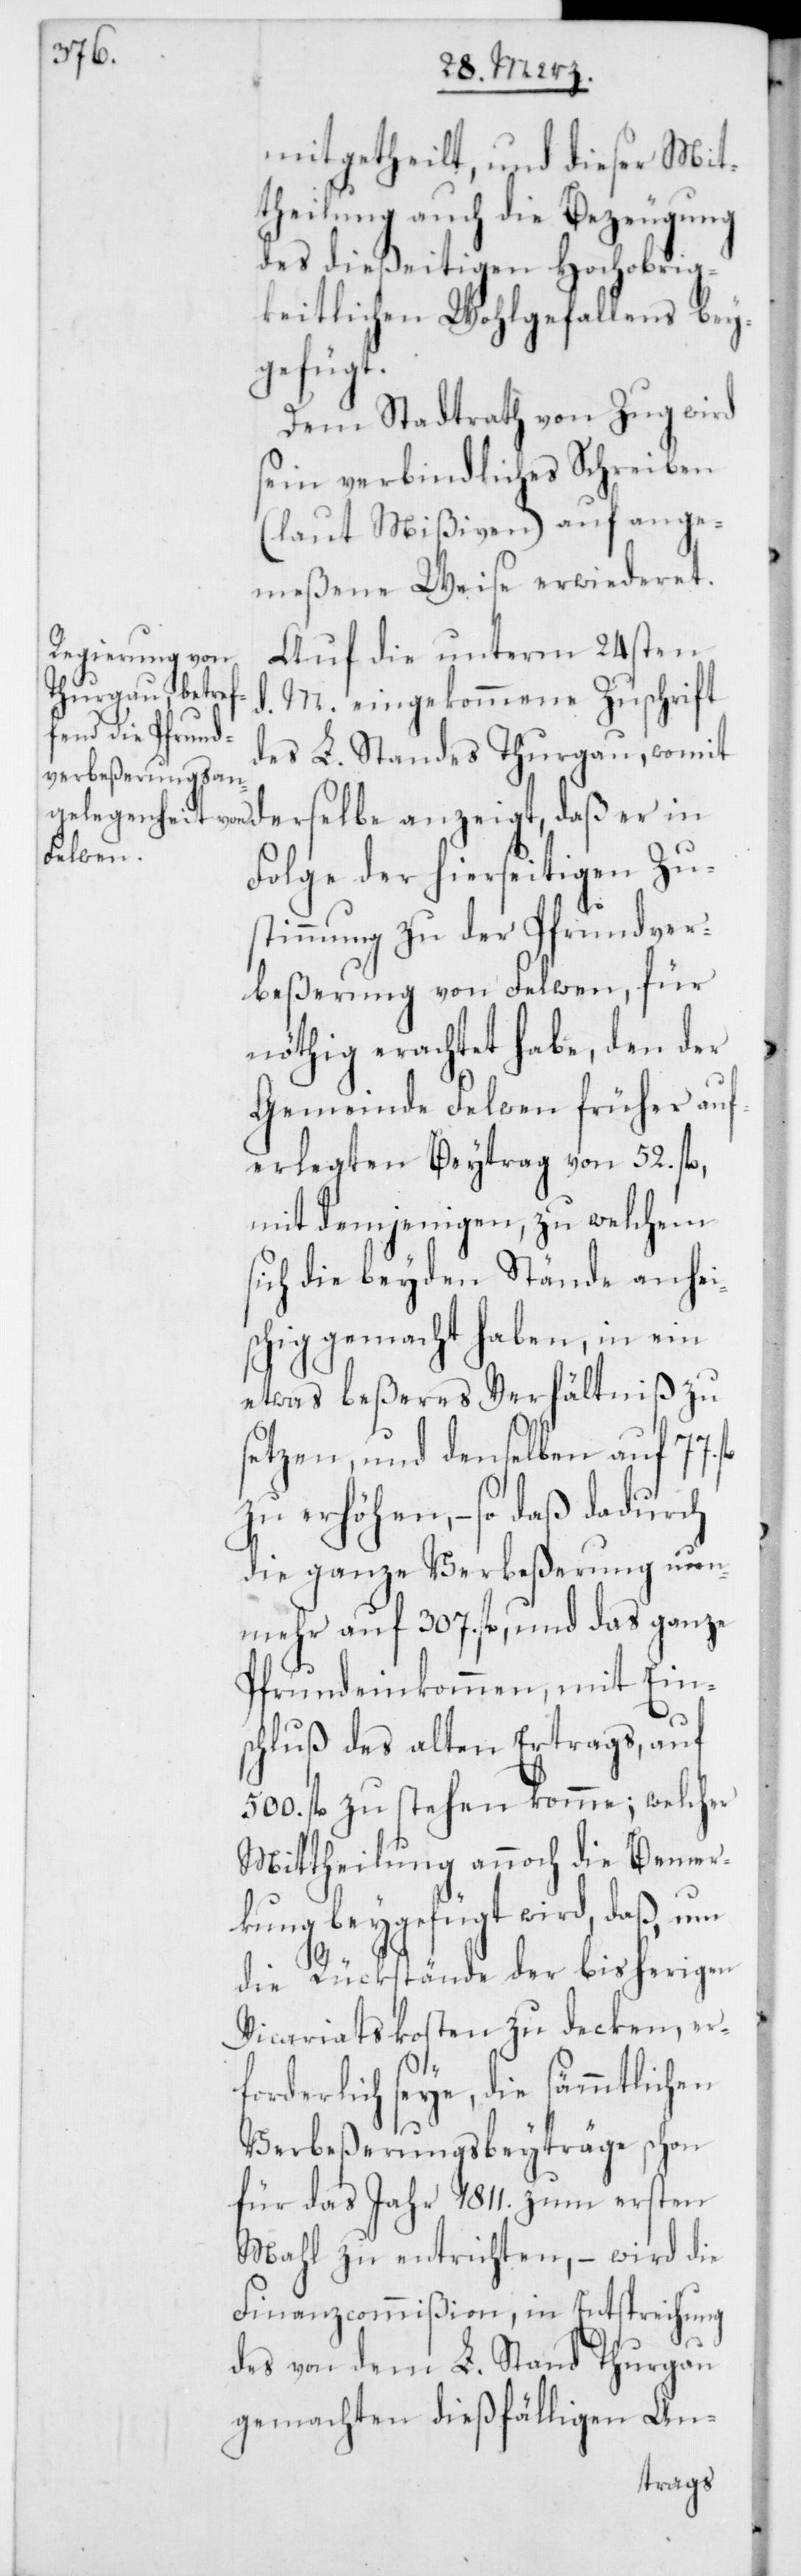
mitgetheilt, und dieser Mit¬
theilung auch die Bezeugung
des dießeitigen Hochobrig¬
keitlichen Wohlgefallens bey¬
gefügt.
Dem Stadtrath von Zug wird
sein verbindliches Schreiben
(laut Mißiven) auf ange¬
meßene Weise erwideret.
Auf die unterm 24sten
M. eingekommene Zuschrift
des L. Standes Thurgau, womit
derselbe anzeigt, daß er in
Folge der hierseitigen Zu¬
stimmung zu der Pfrundver¬
beßerung von Felwen, für
nöthig erachtet habe, den der
Gemeinde Felwen früher auf¬
erlegten Beytrag von 52. fl.,
mit demjenigen, zu welchem
sich die beyden Stände anhei¬
schig gemacht haben, in ein
etwas beßeres Verhältniß zu
setzen, und denselben auf 77.
zu erhöhen, – so daß dadurch
die ganze Verbeßerung nun¬
mehr auf 307. fl., und das ganze
Pfrundeinkommen, mit Eins¬
chluß des alten Ertrags, auf
500. fl. zu stehen komme; welcher
Mittheilung annoch die Bemer¬
kung beygefügt wird, daß, um
die Rükstände der bisherigen
Vicariatskosten zu decken, er¬
forderlich seye, die sämmtlichen
Verbeßerungsbeyträge schon
für das Jahr 1811. zum ersten
Mahl zu entrichten, – wird die
Finanzcommißion, in Entsprechung
des von dem L. Stand Thurgau
gemachten dießfälligen An-